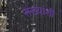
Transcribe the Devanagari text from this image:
संख्यांशी